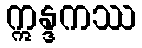
ဣန္ဒကဿ